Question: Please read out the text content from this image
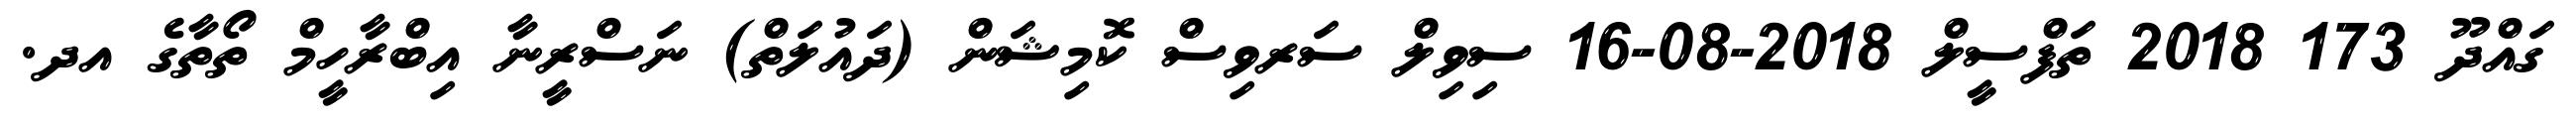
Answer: ގައްދޫ 173 2018 ތަފްސީލް 2018-08-16 ސިވިލް ސަރވިސް ކޮމިޝަން (ދައުލަތް) ނަސްރީނާ އިބްރާހީމް ތޯތާގެ އދ.